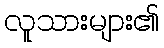
လူသားများ၏